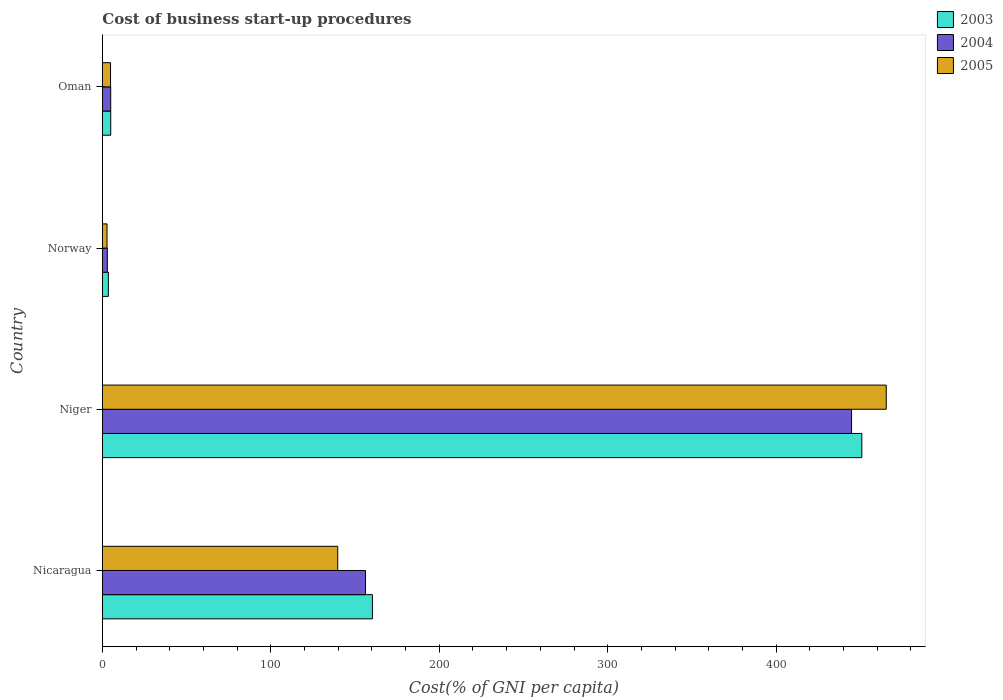
| Country | 2003 | 2004 | 2005 |
 | --- | --- | --- | --- |
 | Nicaragua | 160 | 156 | 140 |
 | Niger | 451 | 445 | 465 |
 | Norway | 3.5 | 2.9 | 2.7 |
 | Oman | 4.9 | 4.9 | 4.8 |